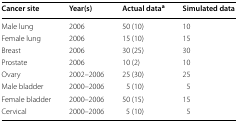
| Cancer site | Year(s) | Actual dataa | Simulated data |
 | --- | --- | --- | --- |
 | Male lung | 2006 | 50 (10) | 10 |
 | Female lung | 2006 | 15 (10) | 15 |
 | Breast | 2006 | 30 (25) | 30 |
 | Prostate | 2006 | 10 (2) | 10 |
 | Ovary | 2002–2006 | 25 (30) | 25 |
 | Male bladder | 2000–2006 | 5 (10) | 5 |
 | Female bladder | 2000–2006 | 50 (15) | 15 |
 | Cervical | 2000–2006 | 5 (10) | 5 |